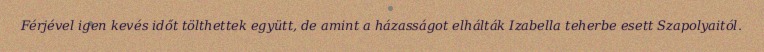
Férjével igen kevés időt tölthettek együtt, de amint a házasságot elhálták Izabella teherbe esett Szapolyaitól.